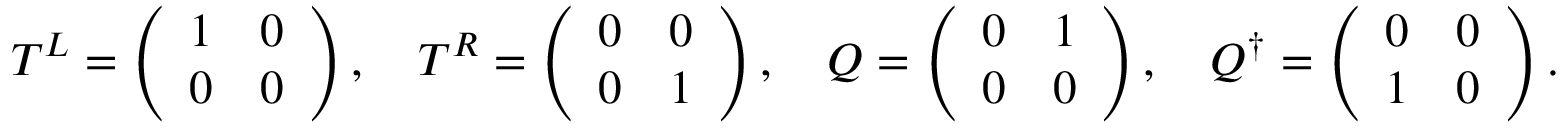
T ^ { L } = \left( \begin{array} { l l } { { 1 } } & { { 0 } } \\ { { 0 } } & { { 0 } } \end{array} \right) , ~ ~ ~ T ^ { R } = \left( \begin{array} { l l } { { 0 } } & { { 0 } } \\ { { 0 } } & { { 1 } } \end{array} \right) , ~ ~ ~ Q = \left( \begin{array} { l l } { { 0 } } & { { 1 } } \\ { { 0 } } & { { 0 } } \end{array} \right) , ~ ~ ~ Q ^ { \dagger } = \left( \begin{array} { l l } { { 0 } } & { { 0 } } \\ { { 1 } } & { { 0 } } \end{array} \right) .